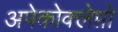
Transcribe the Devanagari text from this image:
अपेकोक्लेप्तो